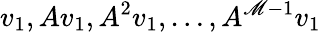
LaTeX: v_{1},Av_{1},A^{2}v_{1},\ldots,A^{\mathscr{M}-1}v_{1}